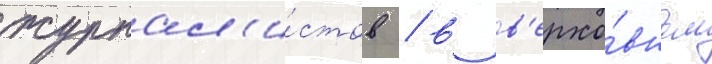
журнал'и́стов / в в'ерхо́вном